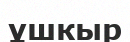
ұшкыр